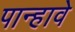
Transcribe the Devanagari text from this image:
पान्हावे